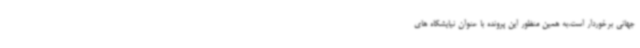
جهانی برخوردار است،به همین منظور این پرونده با عنوان نیایشگاه های